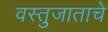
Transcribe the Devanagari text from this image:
वस्तुजाताचे